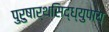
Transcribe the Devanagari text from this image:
पुरुषार्थसिद्ध्युपाय